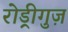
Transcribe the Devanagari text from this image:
रोड्रीगुज़